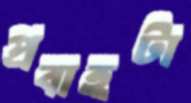
প্রবাহটা